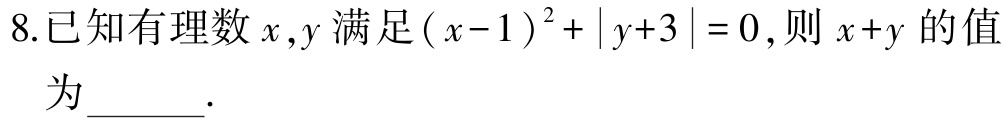
8.已知有理数$x,y$满足$(x - 1)^2+|y + 3| = 0$,则$x + y$的值为______.